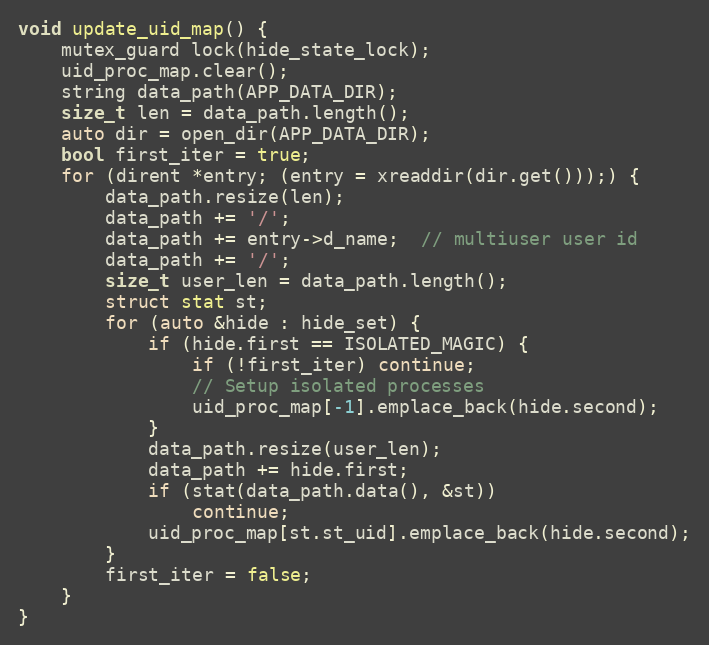
Language: C++
void update_uid_map() {
    mutex_guard lock(hide_state_lock);
    uid_proc_map.clear();
    string data_path(APP_DATA_DIR);
    size_t len = data_path.length();
    auto dir = open_dir(APP_DATA_DIR);
    bool first_iter = true;
    for (dirent *entry; (entry = xreaddir(dir.get()));) {
        data_path.resize(len);
        data_path += '/';
        data_path += entry->d_name;  // multiuser user id
        data_path += '/';
        size_t user_len = data_path.length();
        struct stat st;
        for (auto &hide : hide_set) {
            if (hide.first == ISOLATED_MAGIC) {
                if (!first_iter) continue;
                // Setup isolated processes
                uid_proc_map[-1].emplace_back(hide.second);
            }
            data_path.resize(user_len);
            data_path += hide.first;
            if (stat(data_path.data(), &st))
                continue;
            uid_proc_map[st.st_uid].emplace_back(hide.second);
        }
        first_iter = false;
    }
}